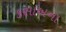
કસાબના